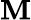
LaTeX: \boldsymbol{\mathbf{M}}